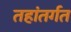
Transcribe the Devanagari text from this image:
तहांतर्गत